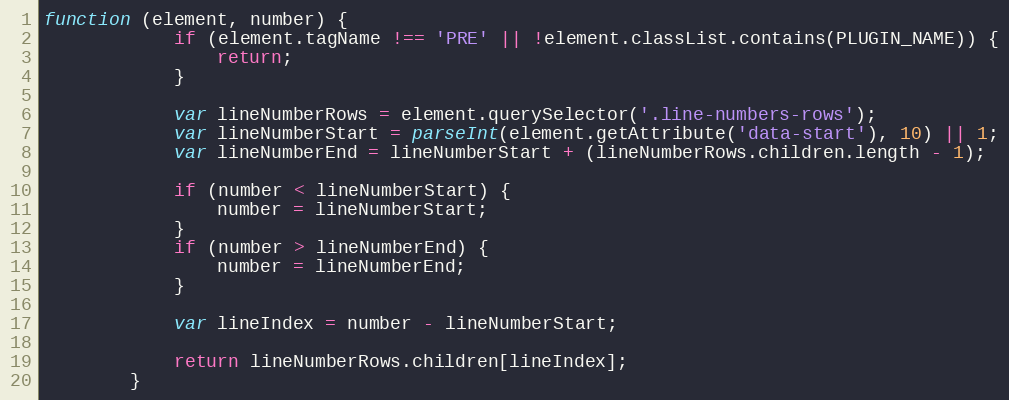
Language: JavaScript
function (element, number) {
			if (element.tagName !== 'PRE' || !element.classList.contains(PLUGIN_NAME)) {
				return;
			}

			var lineNumberRows = element.querySelector('.line-numbers-rows');
			var lineNumberStart = parseInt(element.getAttribute('data-start'), 10) || 1;
			var lineNumberEnd = lineNumberStart + (lineNumberRows.children.length - 1);

			if (number < lineNumberStart) {
				number = lineNumberStart;
			}
			if (number > lineNumberEnd) {
				number = lineNumberEnd;
			}

			var lineIndex = number - lineNumberStart;

			return lineNumberRows.children[lineIndex];
		}